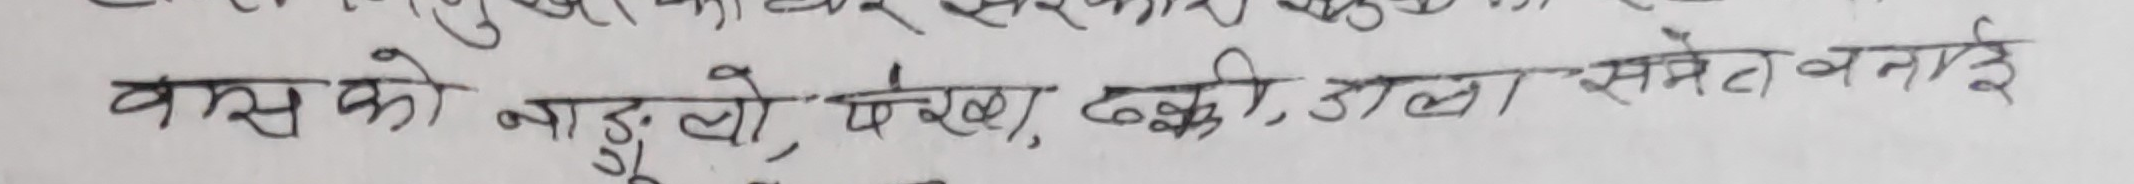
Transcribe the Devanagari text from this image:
बांस को नाड़०लो, पोरूख, ढकी, डाला समेत बनाई